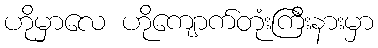
ဟိုမှာလေ ဟိုကျောက်တုံးကြီးနားမှာ